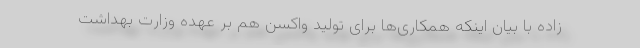
زاده با بیان اینکه همکاری‌ها برای تولید واکسن هم بر عهده وزارت بهداشت